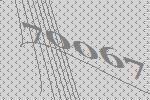
70067